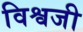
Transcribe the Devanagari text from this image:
विश्वजी